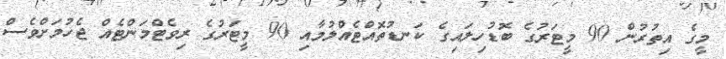
މީގެ އިތުރުން 90 މީޓަރުގެ ބޮޑުހިލައިގެ ކަނޑުތޮއްޓެއްލުމާއި 90 މީޓަރުގެ ރިވެޓްމަންޓެއް ޖެހުމަށްވެސް